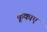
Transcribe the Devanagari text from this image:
कूकाए